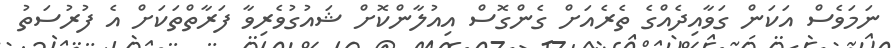
ނަމަވެސް އަކަން ގަވާއިދެއްގެ ތެރެއަށް ގެންގޮސް އިއުލާންކޮށް ޝައުގުވެރިވާ ފަރާތްތަކަށް އެ ފުރުސަތު